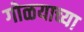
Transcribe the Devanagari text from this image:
गोळयाच्या